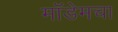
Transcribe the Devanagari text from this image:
मॉडेमचा